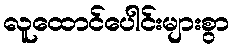
လူထောင်ပေါင်းများစွာ